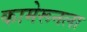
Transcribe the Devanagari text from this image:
कामेरूनला